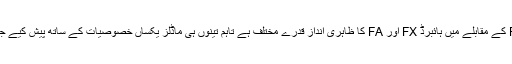
ہائبرڈ FZ کے مقابلے میں ہائبرڈ FX اور FA کا ظاہری انداز قدرے مختلف ہے تاہم تینوں ہی ماڈلز یکساں خصوصیات کے ساتھ پیش کیے جائیں گے۔